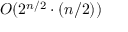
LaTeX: O ( 2 ^ { n / 2 } \cdot ( n / 2 ) )